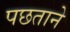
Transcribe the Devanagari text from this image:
पछताने